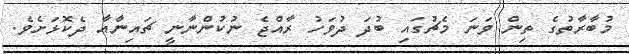
މުބާރާތުގެ ތިން ވަނަ މެޗުގައި ބުދަ ދުވަހު ރާއްޖެ ނުކުންނާނީ ޗައިނާއާ ދެކޮޅަށެވެ.